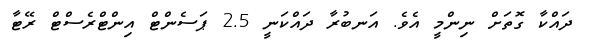
ދައްކާ ގޮތަށް ނިންމީ އެވެ. އަނބުރާ ދައްކަނީ 2.5 ޕަސެންޓް އިންޓްރެސްޓް ރޭޓާ